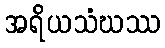
အရိယသံဃဿ